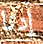
إدنا